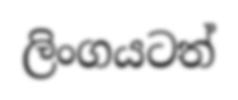
ලිංගයටත්